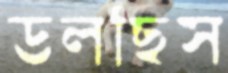
ডলছিস